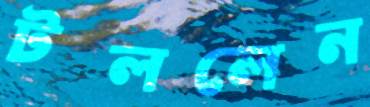
টললেন